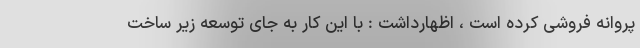
پروانه فروشی کرده است ، اظهارداشت : با این کار به جای توسعه زیر ساخت